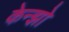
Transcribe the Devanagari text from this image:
केन्झो